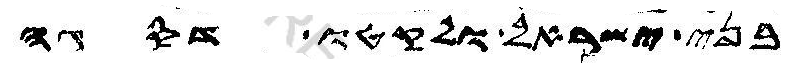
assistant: בני ישראל ולקטו דסגה